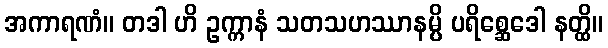
အကာရဏံ။ တဒါ ဟိ ဥက္ကာနံ သတသဟဿာနမ္ပိ ပရိစ္ဆေဒေါ နတ္ထိ။